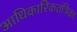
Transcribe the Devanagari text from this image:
आधिकारिकतंत्रिका